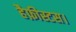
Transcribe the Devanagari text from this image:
हैफ़ीस्टस।